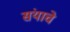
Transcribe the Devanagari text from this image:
संयाचे